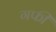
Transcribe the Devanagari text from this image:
गफी